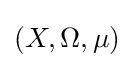
\left(X,\Omega ,\mu \right)